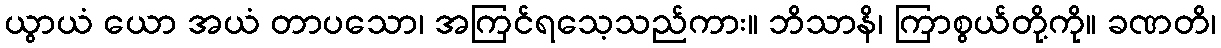
ယွာယံ ယော အယံ တာပသော၊ အကြင်ရသေ့သည်ကား။ ဘိသာနိ၊ ကြာစွယ်တို့ကို။ ခဏတိ၊